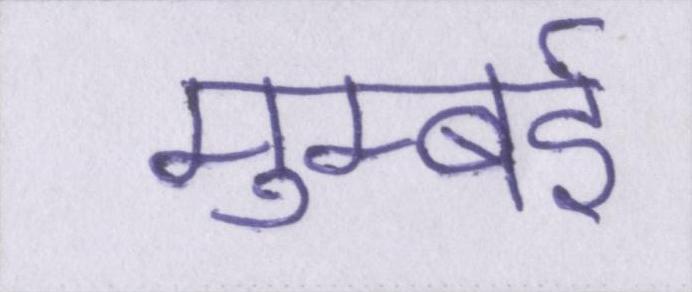
मुम्बई